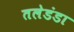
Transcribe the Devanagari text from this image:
तलेडंडा